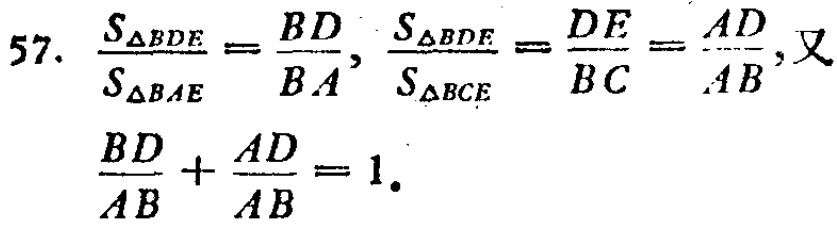
\[

\begin{align*}

57.\ \frac{S_{\triangle BDE}}{S_{\triangle BAE}}&=\frac{BD}{BA},\ \frac{S_{\triangle BDE}}{S_{\triangle BCE}}=\frac{DE}{BC}=\frac{AD}{AB},\text{又}\\

\frac{BD}{AB}+\frac{AD}{AB}&=1.

\end{align*}

\]